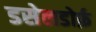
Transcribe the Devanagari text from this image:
डसेलडोर्फ़